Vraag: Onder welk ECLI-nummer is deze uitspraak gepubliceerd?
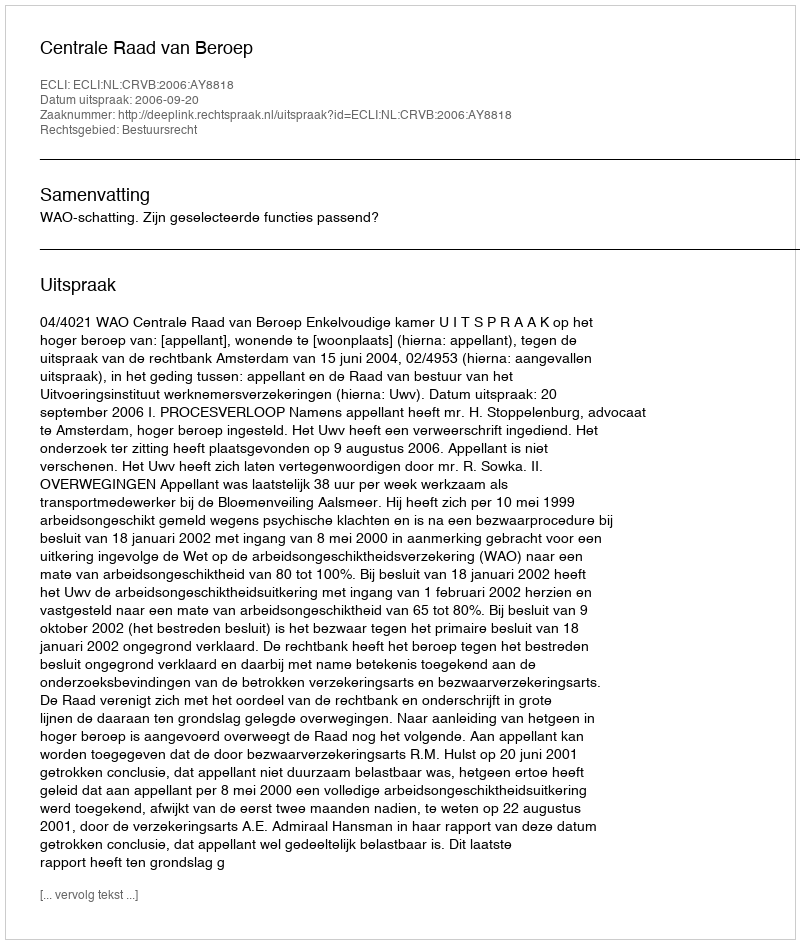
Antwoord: ECLI:NL:CRVB:2006:AY8818